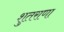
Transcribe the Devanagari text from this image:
शुतराणा